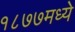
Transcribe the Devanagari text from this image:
१८७७मध्ये